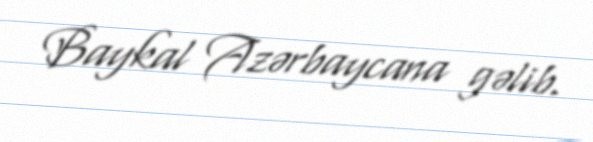
Baykal Azərbaycana gəlib.